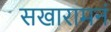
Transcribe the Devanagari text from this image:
सखारामनं